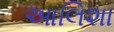
આલિશા